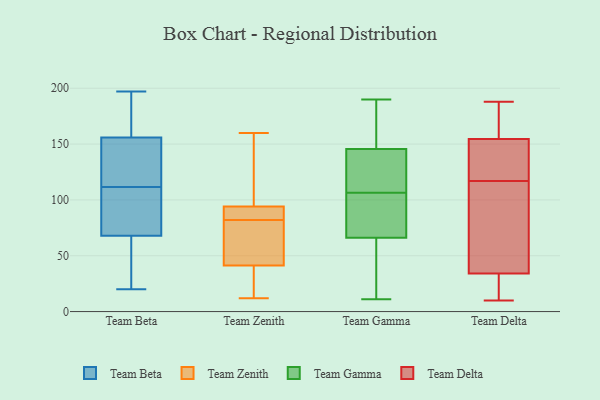
{"axis": {"x": "Satisfaction Score", "y": "Value"}, "legend": ["Team Beta", "Team Delta", "Team Gamma", "Team Zenith"], "data": [{"x": "", "y": 131, "type": "Team Beta"}, {"x": "", "y": 41, "type": "Team Beta"}, {"x": "", "y": 89, "type": "Team Beta"}, {"x": "", "y": 123, "type": "Team Beta"}, {"x": "", "y": 95, "type": "Team Beta"}, {"x": "", "y": 138, "type": "Team Beta"}, {"x": "", "y": 116, "type": "Team Beta"}, {"x": "", "y": 197, "type": "Team Beta"}, {"x": "", "y": 107, "type": "Team Beta"}, {"x": "", "y": 20, "type": "Team Beta"}, {"x": "", "y": 74, "type": "Team Beta"}, {"x": "", "y": 44, "type": "Team Beta"}, {"x": "", "y": 169, "type": "Team Beta"}, {"x": "", "y": 165, "type": "Team Beta"}, {"x": "", "y": 148, "type": "Team Beta"}, {"x": "", "y": 91, "type": "Team Beta"}, {"x": "", "y": 62, "type": "Team Beta"}, {"x": "", "y": 45, "type": "Team Beta"}, {"x": "", "y": 164, "type": "Team Beta"}, {"x": "", "y": 176, "type": "Team Beta"}, {"x": "", "y": 30, "type": "Team Zenith"}, {"x": "", "y": 82, "type": "Team Zenith"}, {"x": "", "y": 160, "type": "Team Zenith"}, {"x": "", "y": 75, "type": "Team Zenith"}, {"x": "", "y": 81, "type": "Team Zenith"}, {"x": "", "y": 94, "type": "Team Zenith"}, {"x": "", "y": 12, "type": "Team Zenith"}, {"x": "", "y": 145, "type": "Team Zenith"}, {"x": "", "y": 26, "type": "Team Zenith"}, {"x": "", "y": 94, "type": "Team Zenith"}, {"x": "", "y": 88, "type": "Team Zenith"}, {"x": "", "y": 46, "type": "Team Gamma"}, {"x": "", "y": 86, "type": "Team Gamma"}, {"x": "", "y": 168, "type": "Team Gamma"}, {"x": "", "y": 112, "type": "Team Gamma"}, {"x": "", "y": 11, "type": "Team Gamma"}, {"x": "", "y": 168, "type": "Team Gamma"}, {"x": "", "y": 98, "type": "Team Gamma"}, {"x": "", "y": 144, "type": "Team Gamma"}, {"x": "", "y": 19, "type": "Team Gamma"}, {"x": "", "y": 190, "type": "Team Gamma"}, {"x": "", "y": 147, "type": "Team Gamma"}, {"x": "", "y": 101, "type": "Team Gamma"}, {"x": "", "y": 33, "type": "Team Gamma"}, {"x": "", "y": 123, "type": "Team Gamma"}, {"x": "", "y": 139, "type": "Team Gamma"}, {"x": "", "y": 88, "type": "Team Gamma"}, {"x": "", "y": 170, "type": "Team Delta"}, {"x": "", "y": 188, "type": "Team Delta"}, {"x": "", "y": 134, "type": "Team Delta"}, {"x": "", "y": 34, "type": "Team Delta"}, {"x": "", "y": 34, "type": "Team Delta"}, {"x": "", "y": 154, "type": "Team Delta"}, {"x": "", "y": 67, "type": "Team Delta"}, {"x": "", "y": 96, "type": "Team Delta"}, {"x": "", "y": 155, "type": "Team Delta"}, {"x": "", "y": 161, "type": "Team Delta"}, {"x": "", "y": 10, "type": "Team Delta"}, {"x": "", "y": 139, "type": "Team Delta"}, {"x": "", "y": 13, "type": "Team Delta"}, {"x": "", "y": 16, "type": "Team Delta"}, {"x": "", "y": 69, "type": "Team Delta"}, {"x": "", "y": 119, "type": "Team Delta"}, {"x": "", "y": 187, "type": "Team Delta"}, {"x": "", "y": 15, "type": "Team Delta"}, {"x": "", "y": 115, "type": "Team Delta"}, {"x": "", "y": 144, "type": "Team Delta"}]}